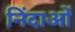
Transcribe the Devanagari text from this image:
निंदाओं